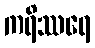
ကရိဿရေ